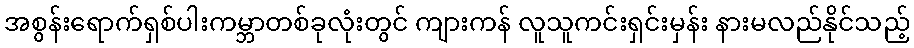
အစွန်းရောက်ရှစ်ပါးကမ္ဘာတစ်ခုလုံးတွင် ကျားကန် လူသူကင်းရှင်းမှန်း နားမလည်နိုင်သည့်